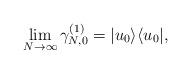
LaTeX: \begin{align*}\lim_{N\rightarrow\infty}\gamma^{(1)}_{N,0}=|u_0\rangle\langle u_0|,\end{align*}